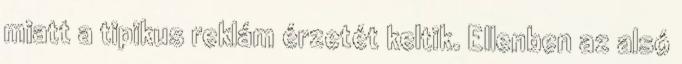
miatt a tipikus reklám érzetét keltik. Ellenben az alsó